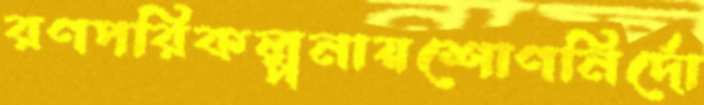
রণপরিকল্পনায়শোণনির্দো